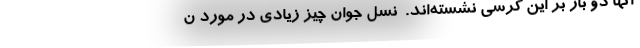
آنها دو بار بر این کرسی نشسته‌اند. ‌ نسل جوان چیز زیادی در مورد ن